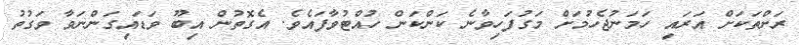
ރަށްތަކަށް އަރައި ހަމަނުޖެހުމަށް މަގުފަހިވާނެ ކަންކަން ހުއްޓުވާފައެވެ. އެގޮތުން އިބޫ ވަޑައިގަންނަވާ ވަގުތު